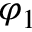
\varphi _ { 1 }